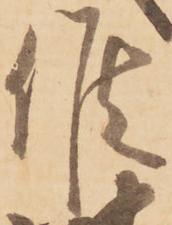
候